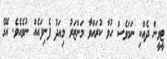
ޓީވީން ދެއްކި ނަމަވެސް ހުވާ ކުރައްވާ މަންޒަރު މިއަދު ފެނިފައެއް ނުވެއެވެ. އޭގެ